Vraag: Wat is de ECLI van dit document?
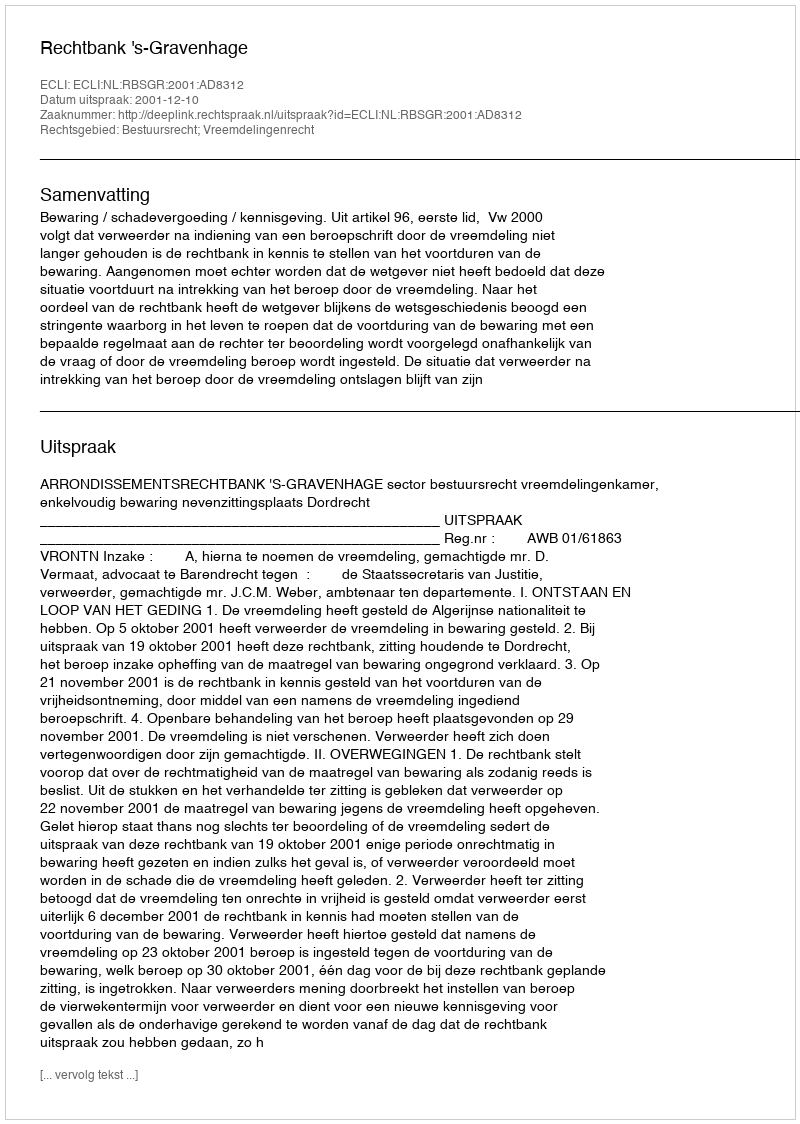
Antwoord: ECLI:NL:RBSGR:2001:AD8312